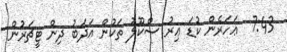
7:43  ޢަހަރެން ކުޑަ ޢިރު ސްކޫލު ތަކުން އަދަބު ދިން ޓީޗަރުން